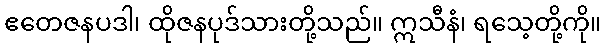
ဧတေဇနပဒါ၊ ထိုဇနပုဒ်သားတို့သည်။ ဣသီနံ၊ ရသေ့တို့ကို။